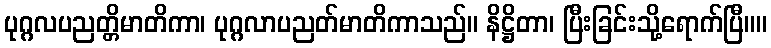
ပုဂ္ဂလပညတ္တိမာတိကာ၊ ပုဂ္ဂလာပညတ်မာတိကာသည်။ နိဋ္ဌိတာ၊ ပြီးခြင်းသို့ရောက်ပြီ။။